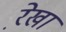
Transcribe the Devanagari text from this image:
रे़खा